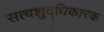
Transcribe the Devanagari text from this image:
सत्वशुद्धिकारक